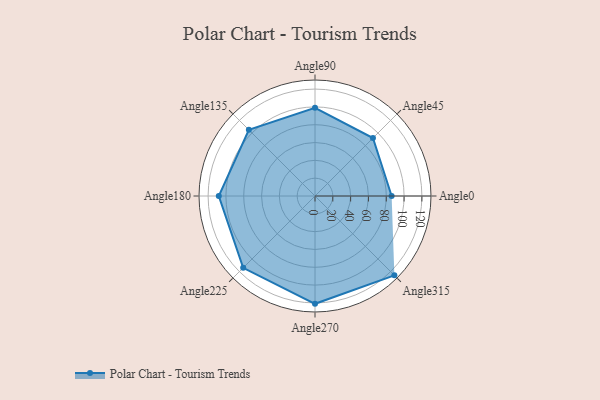
{"axis": {"x": "Angle", "y": "Radius"}, "legend": [""], "data": [{"x": "Angle0", "y": 86.0, "type": ""}, {"x": "Angle45", "y": 92.0, "type": ""}, {"x": "Angle90", "y": 99.0, "type": ""}, {"x": "Angle135", "y": 105.0, "type": ""}, {"x": "Angle180", "y": 108.0, "type": ""}, {"x": "Angle225", "y": 114.0, "type": ""}, {"x": "Angle270", "y": 121.0, "type": ""}, {"x": "Angle315", "y": 126.0, "type": ""}]}